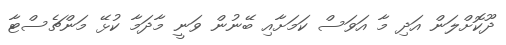
ދޫކޮށްލަން އަދި މާ އަވަސް ކަމަށާއި ބޭނުން ވަނީ މާދަމާ ކުޅޭ މަންޗެސްޓާ